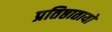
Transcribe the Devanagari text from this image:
प्रतिष्ठातायों